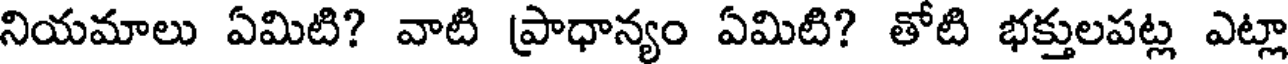
నియమాలు ఏమిటి? వాటి ప్రాధాన్యం ఏమిటి? తోటి భక్తులపట్ల ఎట్లా